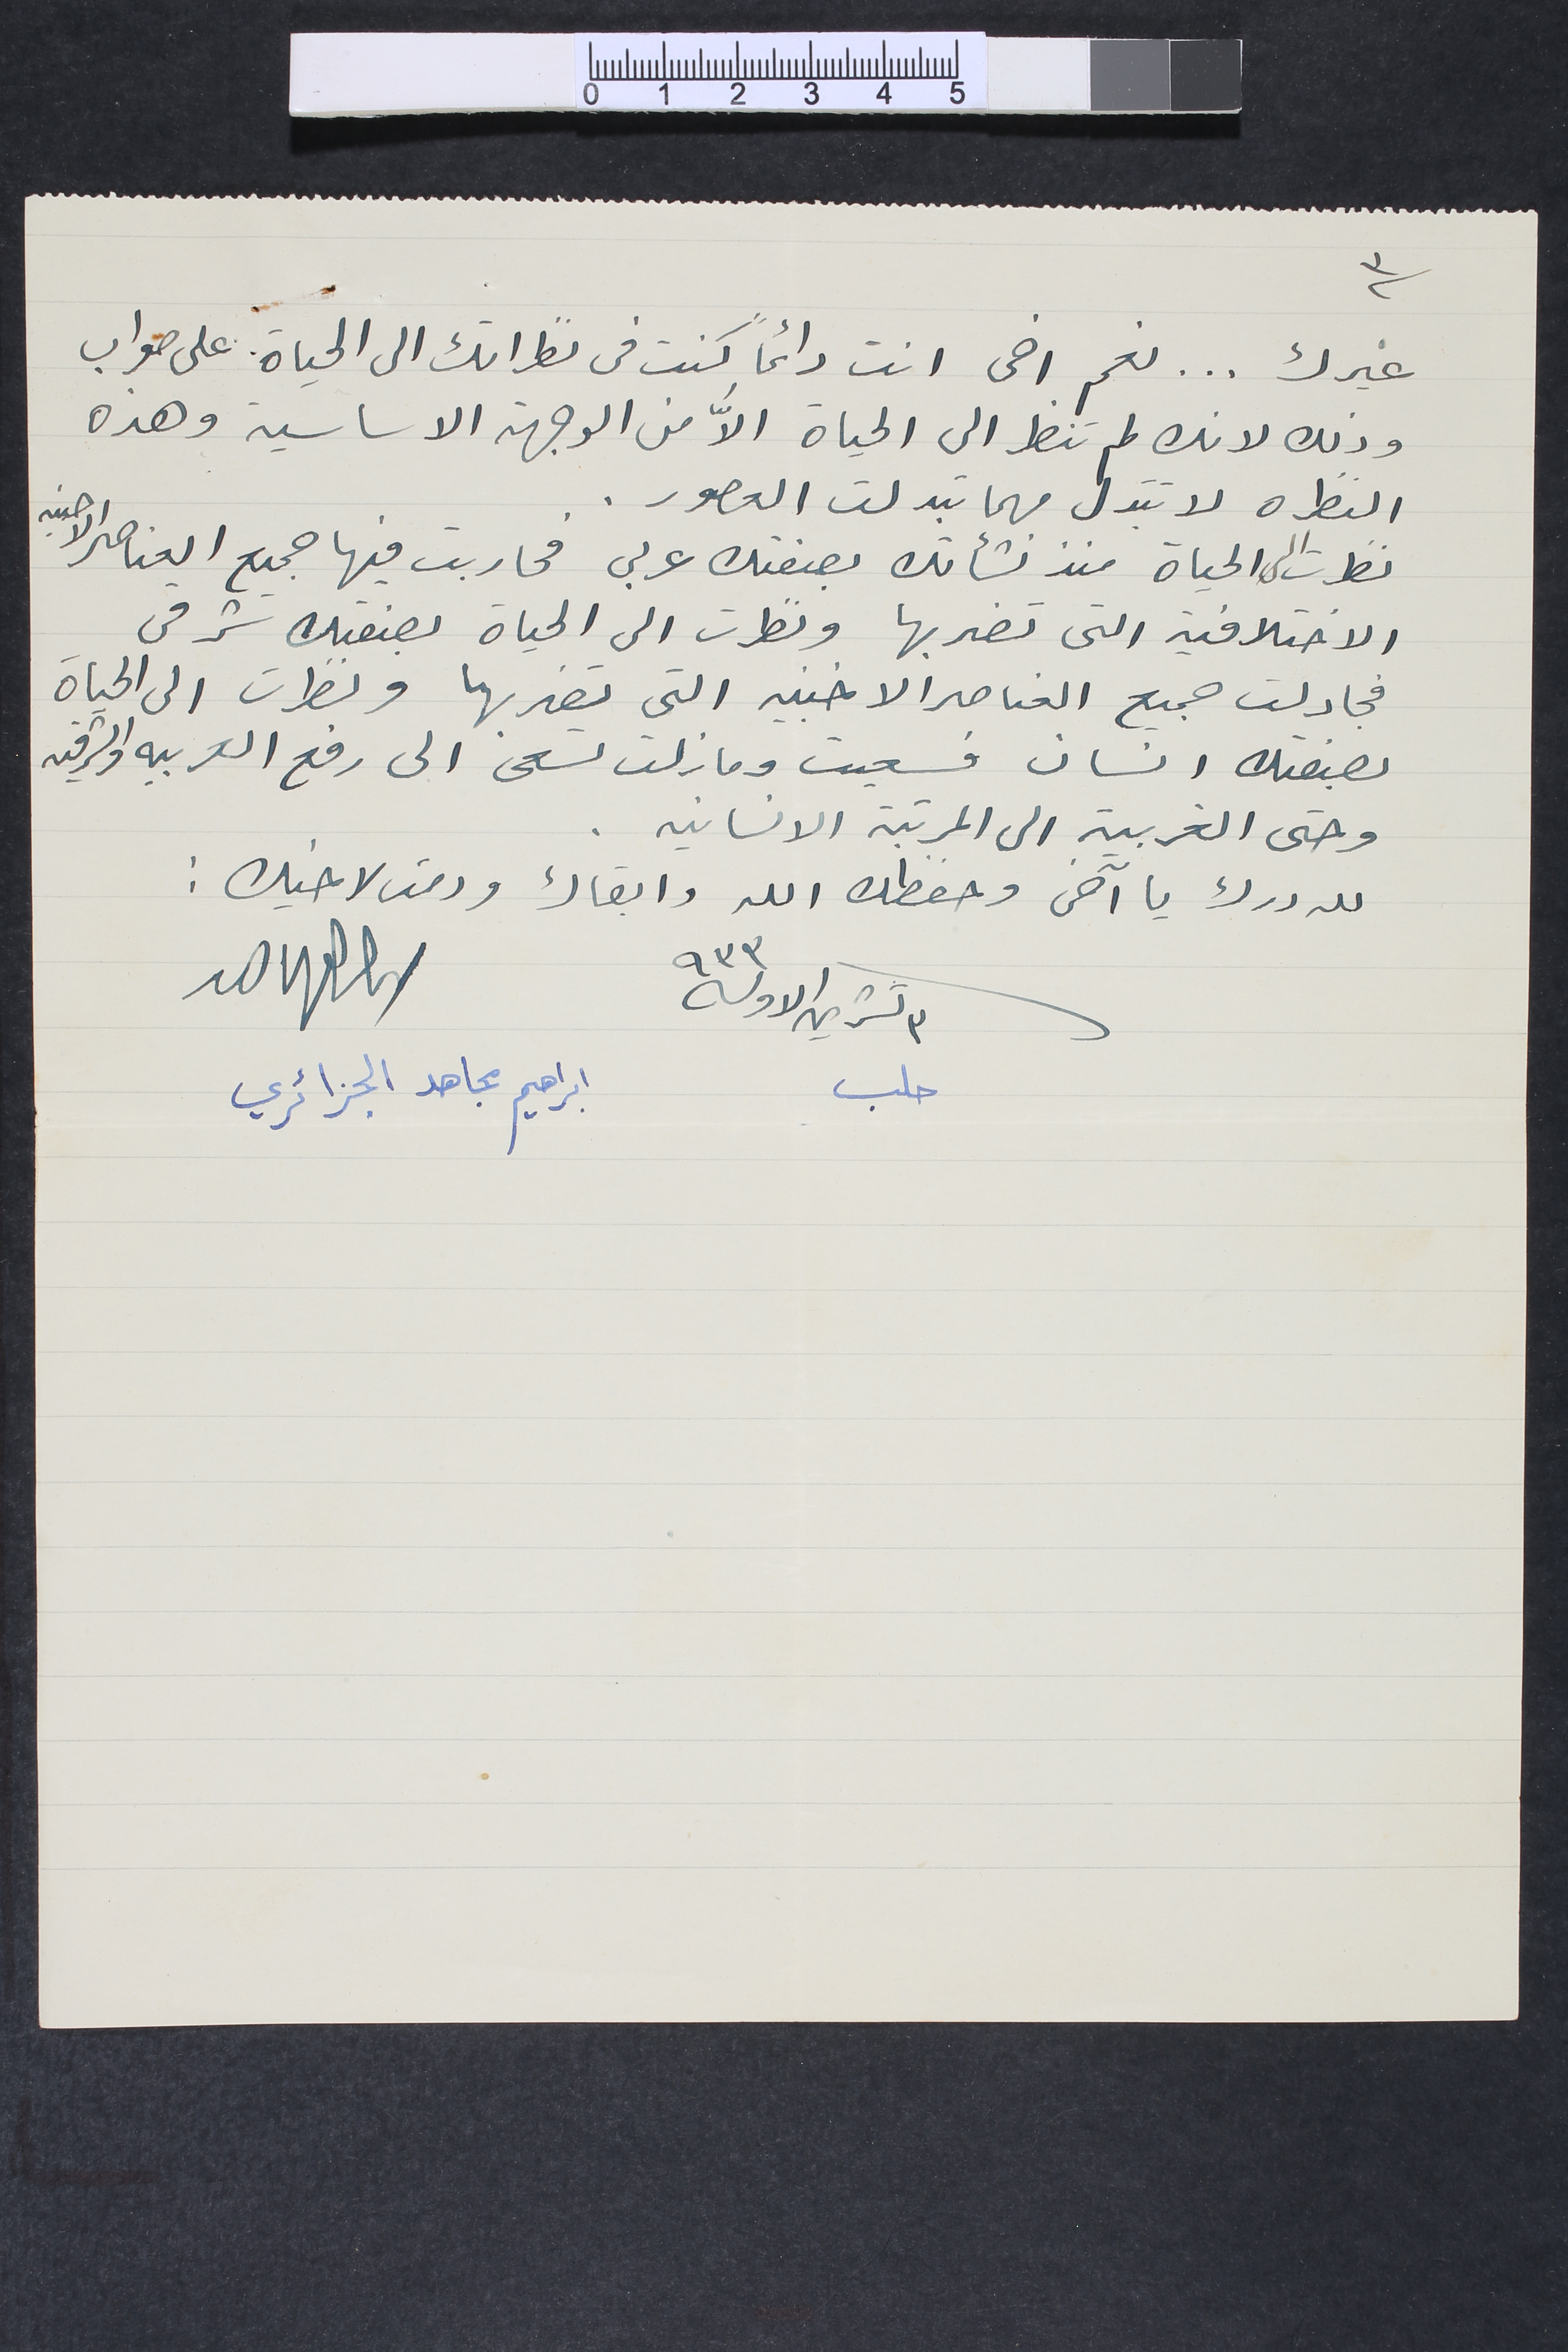
٣
غيرك ... نعم اخى انت دائماً كنت فى نظراتك الى الحياة على صواب
وذلك لانك لم تنظر الى الحياة الاّ من الوجهة الاساسية وهذه
النظره لا تتبدل مهما تبدلت العصور.
نظرت الى الحياة منذ نشأتك بصفتك عربى فحاربت فيها جميع العناصر الاجنبيه
الاختلافية التى تضربها ونظرت الى الحياة بصفتك شرقى
فجادلت جميع العناصر الاخنبيه التي تضربها ونظرت الى الحياة
بصفتك انسان فسعيت وما زلت تسعى الى رفع العربيه والشرقيه
وحتى الغربيه الى المرتبة الانسانيه.
لله درك يا آخى وحفظك الله وابقاك ودمت لاخيك :
٣ تشرين الاول سنة ٩٣٣
حلب					ابراهيم مجاهد الجزائري